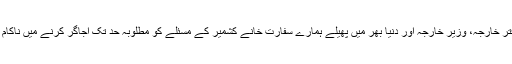
بدقسمتی سے دفتر خارجہ، وزیر خارجہ اور دنیا بھر میں پھیلے ہمارے سفارت خانے کشمیر کے مسئلے کو مطلوبہ حد تک اجاگر کرنے میں ناکام ثابت ہوئے ہیں۔